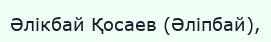
Әлікбай Қосаев (Әліпбай),